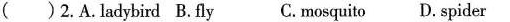
()2.A.ladybird B.fly C.mosquito D.spider